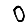
Digit: 0